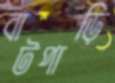
বাটপাড়ি